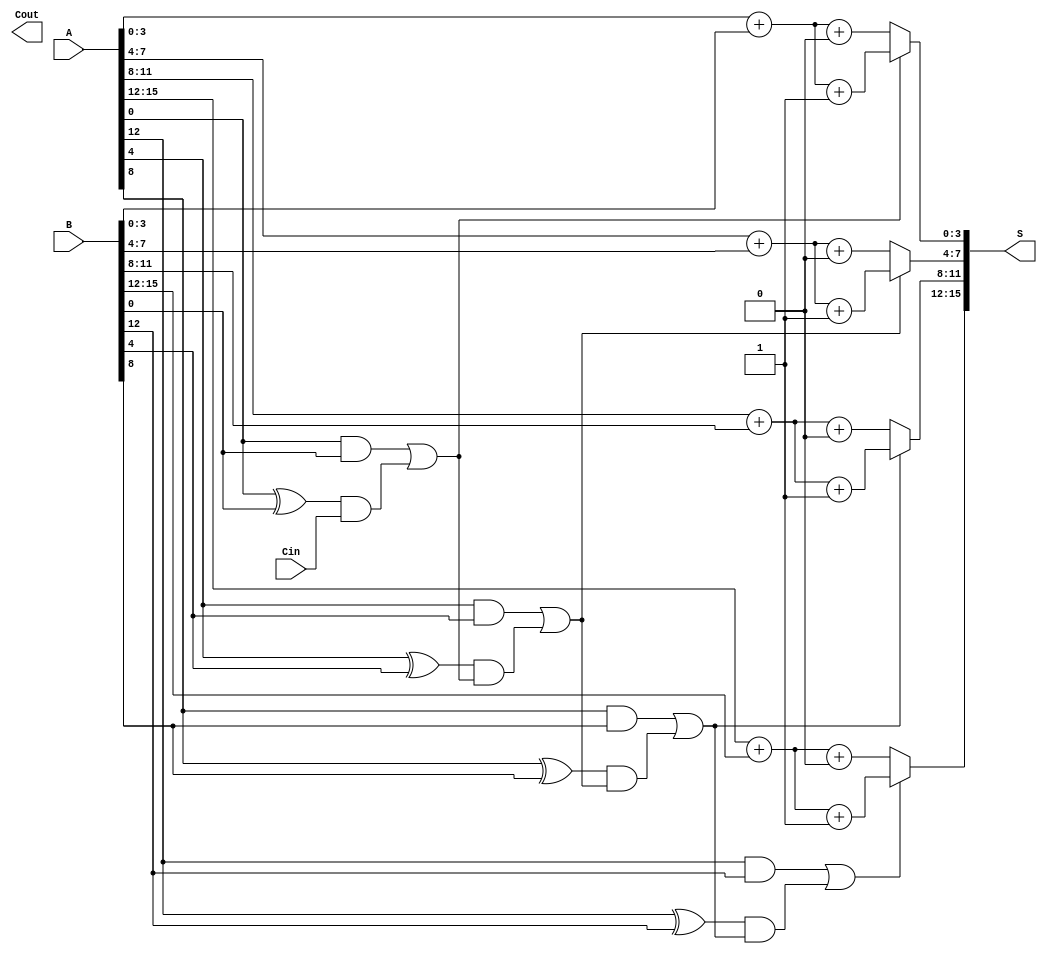
module CCSA #(parameter n = 16, parameter k = 4) (
    input  [n-1:0] A,
    input  [n-1:0] B,
    input         Cin,
    output [n-1:0] S,
    output         Cout
);

    localparam m = n / k;  // Number of segments

    // Internal signals
    wire [k-1:0] S0[m-1:0];  // Sum assuming carry-in is 0
    wire [k-1:0] S1[m-1:0];  // Sum assuming carry-in is 1
    wire [m:0] C;             // Carry outputs for each segment

    // Generate S0 and S1 for each segment in parallel
    genvar i;
    generate
        for (i = 0; i < m; i = i + 1) begin : segment
            // Compute sum S0 and S1 for each segment
            assign S0[i] = A[i*k +: k] + B[i*k +: k] + 0;   // S0 assuming carry-in = 0
            assign S1[i] = A[i*k +: k] + B[i*k +: k] + 1;   // S1 assuming carry-in = 1
            
            // Carry generation
            if (i == 0) begin
                assign C[i] = (A[i*k +: k] & B[i*k +: k]) | ((A[i*k +: k] ^ B[i*k +: k]) & Cin);
            end else begin
                assign C[i] = (A[i*k +: k] & B[i*k +: k]) | ((A[i*k +: k] ^ B[i*k +: k]) & C[i-1]);
            end
        end
    endgenerate

    // Select the correct sum based on carry
    generate
        for (i = 0; i < m; i = i + 1) begin : mux
            assign S[i*k +: k] = (C[i] == 1'b0) ? S0[i] : S1[i];
        end
    endgenerate

    // Final carry-out
    assign Cout = C[m];  // Final carry out from the last segment

endmodule